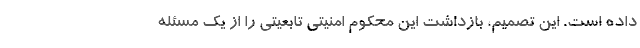
داده است. این تصمیم، بازداشت این محکوم امنیتی تابعیتی را از یک مسئله